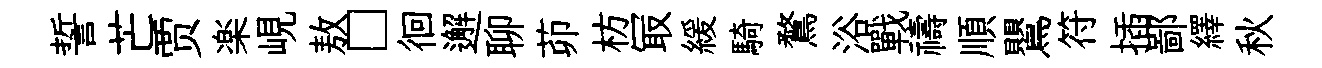
誓芒贾楽峴敖□徊邂聊茆枋冣緩騎鶩浴戰禱順鸎符插鄙繹秋